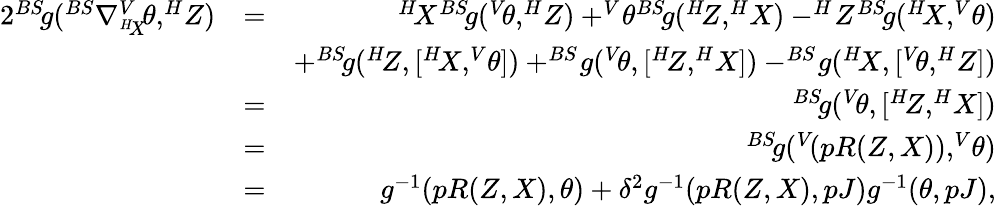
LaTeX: \begin{array}{rlr}{2^{BS}\! g(^{BS}\nabla_{^{H}\! X}^{V}\! \theta,^{H}\! Z)}&{=}&{^{H}\! X^{BS}\! g(^{V}\! \theta,^{H}\! Z)+^{V}\! \theta^{BS}\! g(^{H}\! Z,^{H}\! X)-^{H}\! Z^{BS}\! g(^{H}\! X,^{V}\! \theta)}\\ &{}&{+^{BS}\! g(^{H}\! Z,[^{H}\! X,^{V}\! \theta])+^{BS}\! g(^{V}\! \theta,[^{H}\! Z,^{H}\! X])-^{BS}\! g(^{H}\! X,[^{V}\! \theta,^{H}\! Z])}\\ &{=}&{^{BS}\! g(^{V}\! \theta,[^{H}\! Z,^{H}\! X])}\\ &{=}&{^{BS}\! g(^{V}\! (pR(Z,X)),^{V}\! \theta)}\\ &{=}&{g^{-1}(pR(Z,X),\theta)+\delta^{2}g^{-1}(pR(Z,X),pJ)g^{-1}(\theta,pJ),}\end{array}